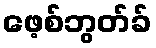
ဖေ့စ်ဘွတ်ခ်